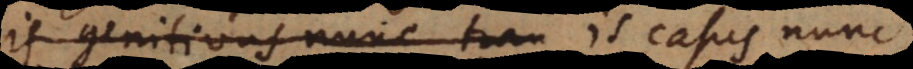
is genitivus nunc tran is casus nunc